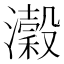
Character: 瀔